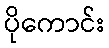
ပိုကောင်း